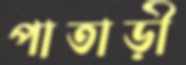
পাতাড়ী